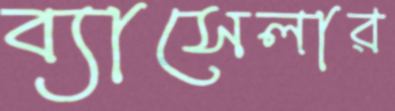
ব্যাসেলার